Annual statistical returns and brief notes on vaccination in Bengal - 1896-1909
Year: 1896
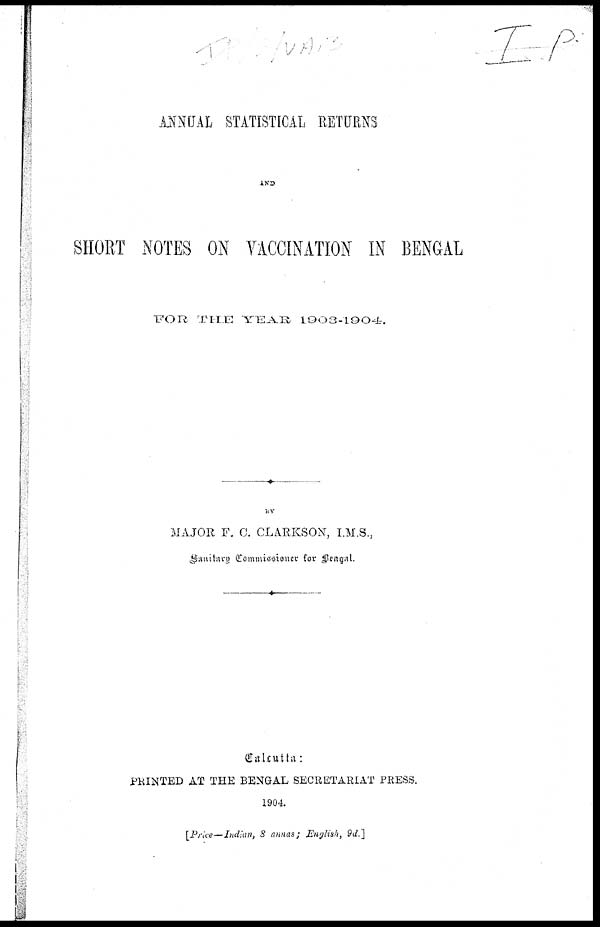
ANNUAL STATISTICAL RETURNS
AND
SHORT NOTES ON VACCINATION IN BENGAL
FOR THE YEAR 1903-1904.
BY
MAJOR F. C. CLARKSON, I.M.S.,
Sanitary Commissioner for Bengal.
Calcutta:
PRINTED AT THE BENGAL SECRETARIAT PRESS.
1904.
[Price—Indian, 8 annas; English, 9d.]